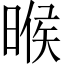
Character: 㬋